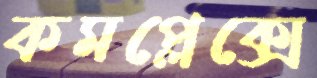
কমপ্লেক্সে